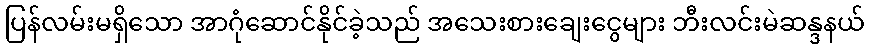
ပြန်လမ်းမရှိသော အာဂုံဆောင်နိုင်ခဲ့သည် အသေးစားချေးငွေများ ဘီးလင်းမဲဆန္ဒနယ်